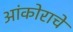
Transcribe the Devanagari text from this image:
आंकोराचे